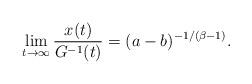
LaTeX: \begin{align*} \lim_{t\to\infty} \frac{x(t)}{G^{-1}(t)}=(a-b)^{-1/(\beta-1)}.\end{align*}